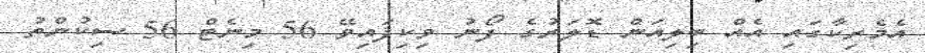
އެމެރިކާގައި އެއް ބިލިއަން ޑޮލަރުގެ ފޯނު ވިކިފައިވޭ 56 މިނެޓް 56 ސިކުންތު